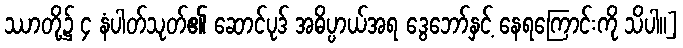
ဿာတို့၌ ၄ နံပါတ်သုတ်၏ ဆောင်ပုဒ် အဓိပ္ပာယ်အရ ဒွေဘော်နှင့် နေရကြောင်းကို သိပါ။]